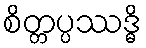
စိတ္တပ္ပဿဒ္ဓိ